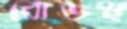
রোডস্থ